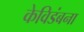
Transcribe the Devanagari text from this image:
केविडंबना